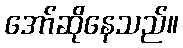
အော်ဆိုနေသည်။